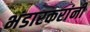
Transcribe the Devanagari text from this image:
भंडारकरांनी